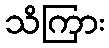
သိကြား